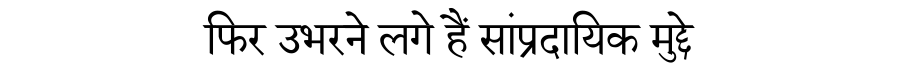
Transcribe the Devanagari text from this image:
फिर उभरने लगे हैं सांप्रदायिक मुद्दे